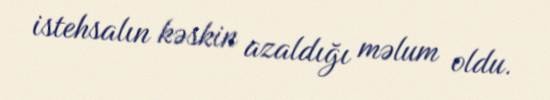
istehsalın kəskin azaldığı məlum oldu.